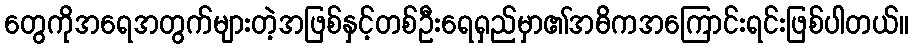
တွေကိုအရေအတွက်များတဲ့အဖြစ်နှင့်တစ်ဦးရေရှည်မှာ၏အဓိကအကြောင်းရင်းဖြစ်ပါတယ်။